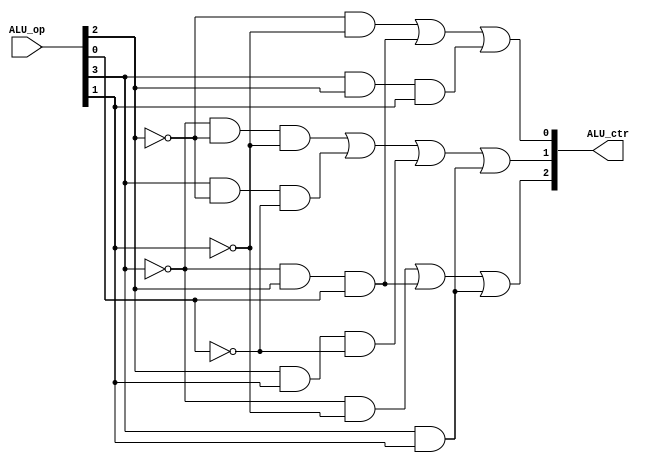
`timescale 1ns / 1ps

module mips32_alu_ctrl (
    input [3:0] ALU_op,
    output [2:0] ALU_ctr
);

assign ALU_ctr[2] = (!ALU_op[3] & !ALU_op[1]) | (!ALU_op[3] & ALU_op[2] & ALU_op[0]) | (ALU_op[3] & ALU_op[1]);
assign ALU_ctr[1] = (!ALU_op[3] & !ALU_op[2] & !ALU_op[1]) | (ALU_op[3] & !ALU_op[2] & !ALU_op[0]) | (ALU_op[2] & ALU_op[1] & !ALU_op[0]) | (ALU_op[3] & ALU_op[1]);
assign ALU_ctr[0] = (!ALU_op[2] & !ALU_op[1]) | (!ALU_op[3] & ALU_op[2] & ALU_op[0]) | (ALU_op[3] & ALU_op[2] & ALU_op[1]);

endmodule